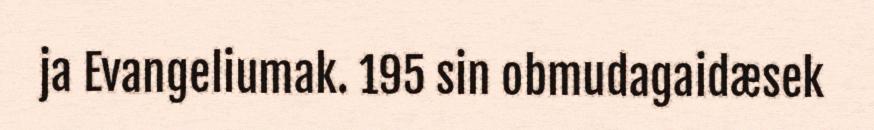
ja Evangeliumak. 195 sin obmudagaidæsek